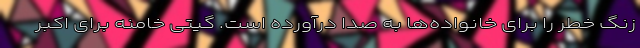
زنگ خطر را برای خانواده‌ها به صدا درآورده است. گیتی خامنه برای اکبر